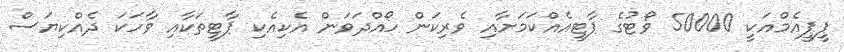
ޕީޕީއެމްއަކީ 50000 ވޯޓުގެ ޕާޓީއެއްކަމަށާއި ވެރިކަން ހޯއްދަަވަން އެކިއެކި ޕާޓީތަކާއި ވާހަަކަ ދެއްކިޔަސް